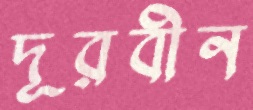
দূরবীন